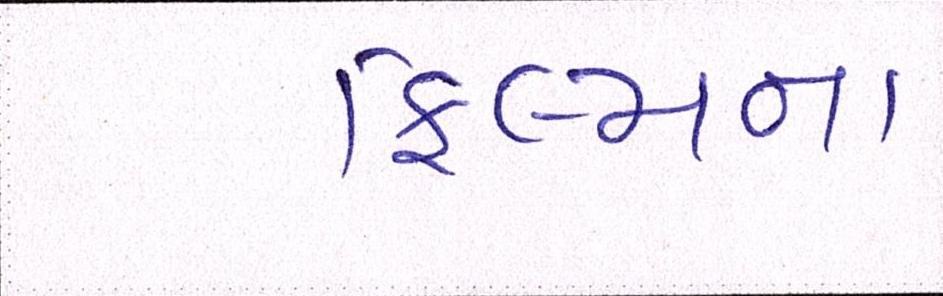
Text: ફિલ્મના